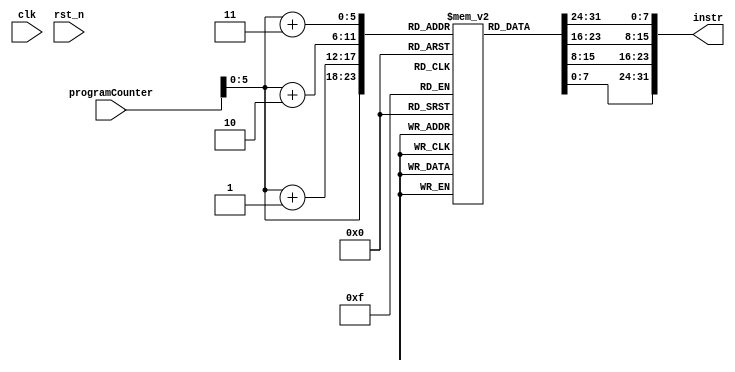
// instruction memory to fetch the instruction

module instructionMemory (

  input wire clk,    // Clock
  input wire rst_n,  // Reset 

  input wire [31:0] programCounter,
  output wire [31:0] instr
);

reg [7:0] instrMem [(2^32)-1 : 0];

// Defining the instructions in the instrMem in byte addressable manner
initial 
  begin
    
    // A random set of instructions 

    // add rd(1), rs2(2) rs2(3)
    // funct7[31:25] + rs2[24:20] + rs1[19:15] + funct3[14:12] + rd[11:7] + opcode[7:0]
    // 0000000       + 00011      + 00010      + 000           + 00001    + 011011
    instrMem[0] = 8'b10110011;
    instrMem[1] = 8'b00000000;
    instrMem[2] = 8'b00110001;
    instrMem[3] = 8'b00000000;

    // sub rd(4), rs1(5), rs2(6)
    // funct7[31:25] + rs2[24:20] + rs1[19:15] + funct3[14:12] + rd[11:7] + opcode[7:0]
    // 0100000       + 00110      + 00101      + 000           + 00100    + 011011
    instrMem[4] = 8'b00110011;
    instrMem[5] = 8'b10000010;
    instrMem[6] = 8'b01100010;
    instrMem[7] = 8'b01000000;

    // lw r2, 1(r1)
    // offset[31:20] + rs1[19:15] + funct3[14:12] + rd[11:7] + opcode[6:0]
    // 000000000001  + 00001      + 010           + 00010    + 0000011
    instrMem[8]  = 8'b00000011;
    instrMem[9]  = 8'b10100001;
    instrMem[10] = 8'b00010000;
    instrMem[11] = 8'b00000000;

    // sw rs1(3), 1(rs2(4))
    // offset[31:25] + rs1[24:20] + rs2[19:15] + funct3[14:12] + offset[11:7] + opcode[6:0]
    // 0000000       + 00011      + 00100      + 010           + 00001        + 0100011   
    instrMem[12]  = 8'b10100011;
    instrMem[13]  = 8'b00100000;
    instrMem[14]  = 8'b00110010;
    instrMem[15]  = 8'b00000000;

    // beq rs1(8), rs2(5), 8
    // Imm[31](12) + Imm[30:25](10:5) + rs1[24;20] + rs2[19:15] + funct3[14:12] + Imm[11:8](4:1) + Imm[7](11) + opcode[7:0]
    // 0           + 000000           + 01000      + 00101      + 000           + 0100           + 0          + 1100011
    instrMem[16] = 8'b01100011;
    instrMem[17] = 8'b10000100;
    instrMem[18] = 8'b10000010;
    instrMem[19] = 8'b00000000; 
    
  end

assign instr = {instrMem[programCounter+3], instrMem[programCounter+2], instrMem[programCounter+1], instrMem[programCounter]};

endmodule